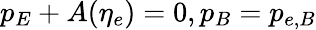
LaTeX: p_{E}+A(\eta_{e})=0,p_{B}=p_{e,B}